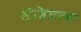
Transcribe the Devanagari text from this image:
संधिपरक